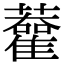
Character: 𧃦